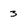
Character: 3